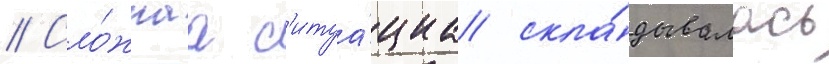
// Сло́жнаа с'итуа́циа скла́дывалась